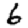
Digit: 6